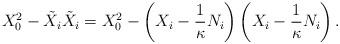
LaTeX: \begin{align*}X_0^2 - \tilde{X}_i\tilde{X}_i = X_0^2 -\left(X_i - \frac1\kappa N_i\right)\left(X_i - \frac1\kappa N_i\right).\end{align*}